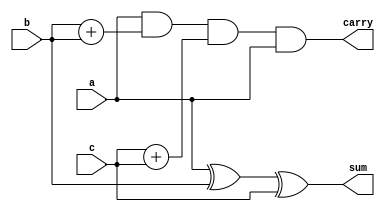
module full(input wire a,b,c, output wire sum,carry);
	assign sum=a^b^c;
	assign carry =a&b+b&c+c&a;
endmodule

module 
fulladdR(input wire [0:3]i0,i1,input wire cin, output wire [0:3]o,output wire cout);

   // Instantiate full adder modules here.
	wire [2:0] c;
	full f1(i0[0],i1[0],cin, o[0],c[0]);
	full f2(i0[1],i1[1],c[0], o[1],c[1]);
	full f3(i0[2],i1[2],c[1], o[2],c[2]);
	full f4(i0[3],i1[3],c[2], o[3],cout);


endmodule